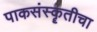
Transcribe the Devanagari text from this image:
पाकसंस्कॄतीचा